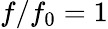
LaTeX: f/f_{0}=1